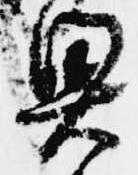
奥